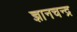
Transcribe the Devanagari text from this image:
ज्ञानचन्द्र